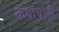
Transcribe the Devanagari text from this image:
कथांचाही